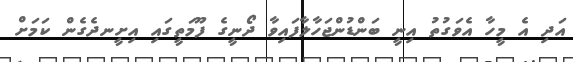
އަދި އެ މީހާ އެވަގުތު އިނީ ބަންޑުންޖަހާލާފައިވާ ދޯނީގެ ފޫމަތީގައި އިށީނދެގެން ކަމަށް